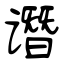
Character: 谮